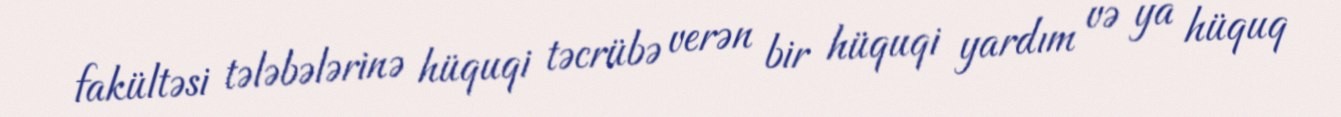
fakültəsi tələbələrinə hüquqi təcrübə verən bir hüquqi yardım və ya hüquq